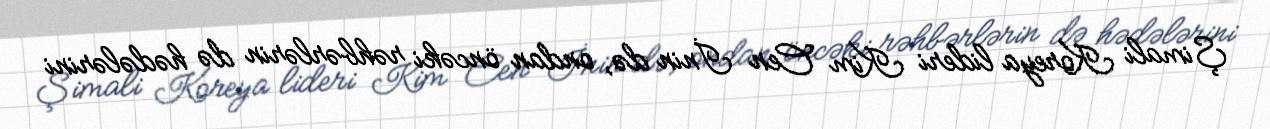
Şimali Koreya lideri Kim Cen İnin də, ondan öncəki rəhbərlərin də hədələrini